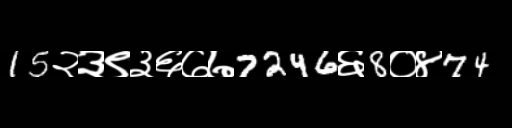
Text: 15२३९३६७७7246६8०४74